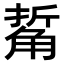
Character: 𧣯